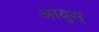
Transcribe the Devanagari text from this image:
आयुस्‌